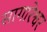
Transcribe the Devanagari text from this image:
सागारेश्वर